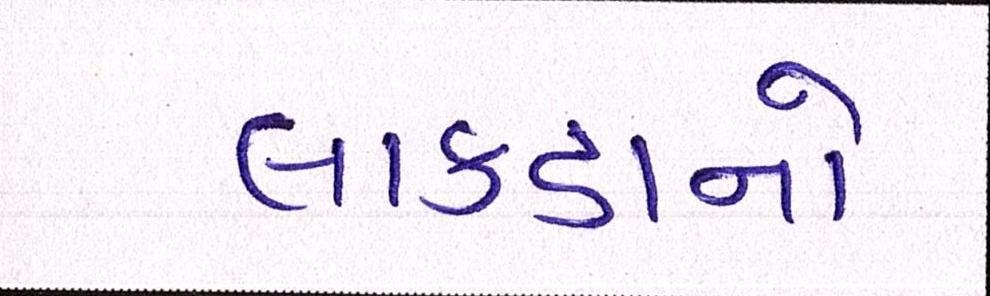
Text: લાકડાનો